Indian journal of veterinary science and animal husbandry - Volume 8,
Year: 1938
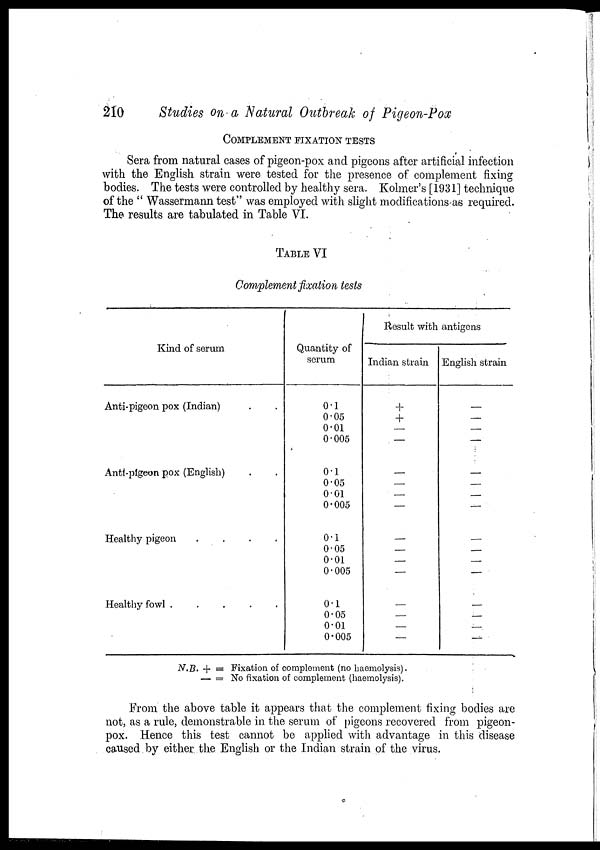
210
Studies on a Natural Outbreak of Pigeon-Pox
COMPLEMENT FIXATION TESTS
Sera from natural cases of pigeon-pox and pigeons after artificial infection
with the English strain were tested for the presence of complement fixing
bodies. The tests were controlled by healthy sera. Kolmer's [1931] technique
of the " Wassermann test" was employed with slight modifications as required.
The results are tabulated in Table VI.
TABLE VI
Complement fixation tests
Kind of serum
Anti-pigeon pox (Indian) . . .
Anti-pigeon pox (English) . .
Healthy pigeon
....
Healthy fowl
.....
Quantity of
serum
0.1
0.05
0.01
0.005
0.1
0.05
0.01
0.005
0.1
0.05
0.01
0.005
0.1
0.05
0.01
0.005
Result with antigens
Indian strain
+
+
—
—
—
—
—
—
—
—
—
—
—
—
—
—
English strain
—
—
—
—
—
—
—
—
—
—
—
—
—
—
—
N.B. + = Fixation of complement (no haemolysis).
— = No fixation of complement (haemolysis).
From the above table it appears that the complement fixing bodies are
not, as a rule, demonstrable in the serum of pigeons recovered from pigeon-
pox. Hence this test cannot be applied with advantage in this disease
caused by either the English or the Indian strain of the virus.